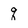
Character: q